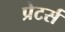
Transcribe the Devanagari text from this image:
प्रेटर्स